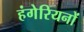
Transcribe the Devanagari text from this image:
हंगेरियनों